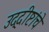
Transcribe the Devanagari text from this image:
उद्दीष्टांचे